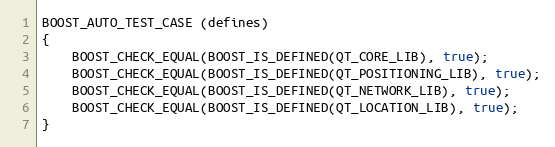
Language: C++
BOOST_AUTO_TEST_CASE (defines)
{
    BOOST_CHECK_EQUAL(BOOST_IS_DEFINED(QT_CORE_LIB), true);
    BOOST_CHECK_EQUAL(BOOST_IS_DEFINED(QT_POSITIONING_LIB), true);
    BOOST_CHECK_EQUAL(BOOST_IS_DEFINED(QT_NETWORK_LIB), true);
    BOOST_CHECK_EQUAL(BOOST_IS_DEFINED(QT_LOCATION_LIB), true);
}